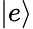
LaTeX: |e\rangle